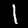
Digit: 1